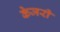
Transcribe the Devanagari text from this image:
केजरी